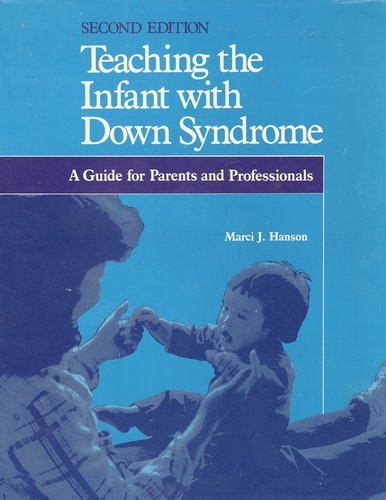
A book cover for Teaching the Infant with Down Syndrome: A Guide for Parents and Professionals; Marci J. Hanson; Health, Fitness & Dieting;